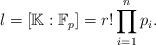
LaTeX: \begin{align*} l=[\mathbb{K}:\mathbb{F}_p]=r!\prod_{i=1}^n p_i. \end{align*}